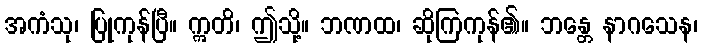
အကံသု၊ ပြုကုန်ပြီ။ ဣတိ၊ ဤသို့။ ဘဏထ၊ ဆိုကြကုန်၏။ ဘန္တေ နာဂသေန၊